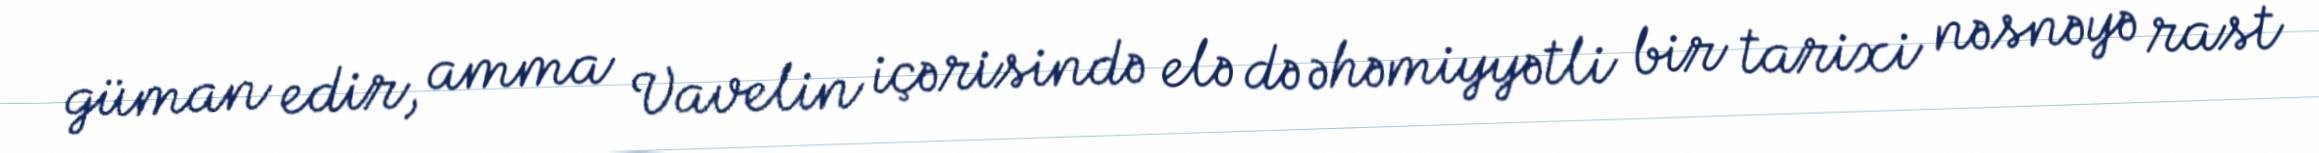
güman edir, amma Vavelin içərisində elə də əhəmiyyətli bir tarixi nəsnəyə rast